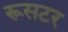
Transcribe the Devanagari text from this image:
रूसटर